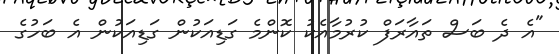
"އެ ދެ ބަސް ތައާރަފް ކުރުމާއެކު ކޮންމެ ގަޑިއަކުން ގަޑިއަކުން އެ ބަހުގެ